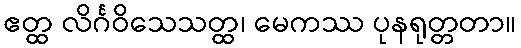
ဧတ္ထ လိင်္ဂဝိသေသတ္ထ၊ မေကဿ ပုနရုတ္တတာ။